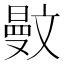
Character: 𣁜